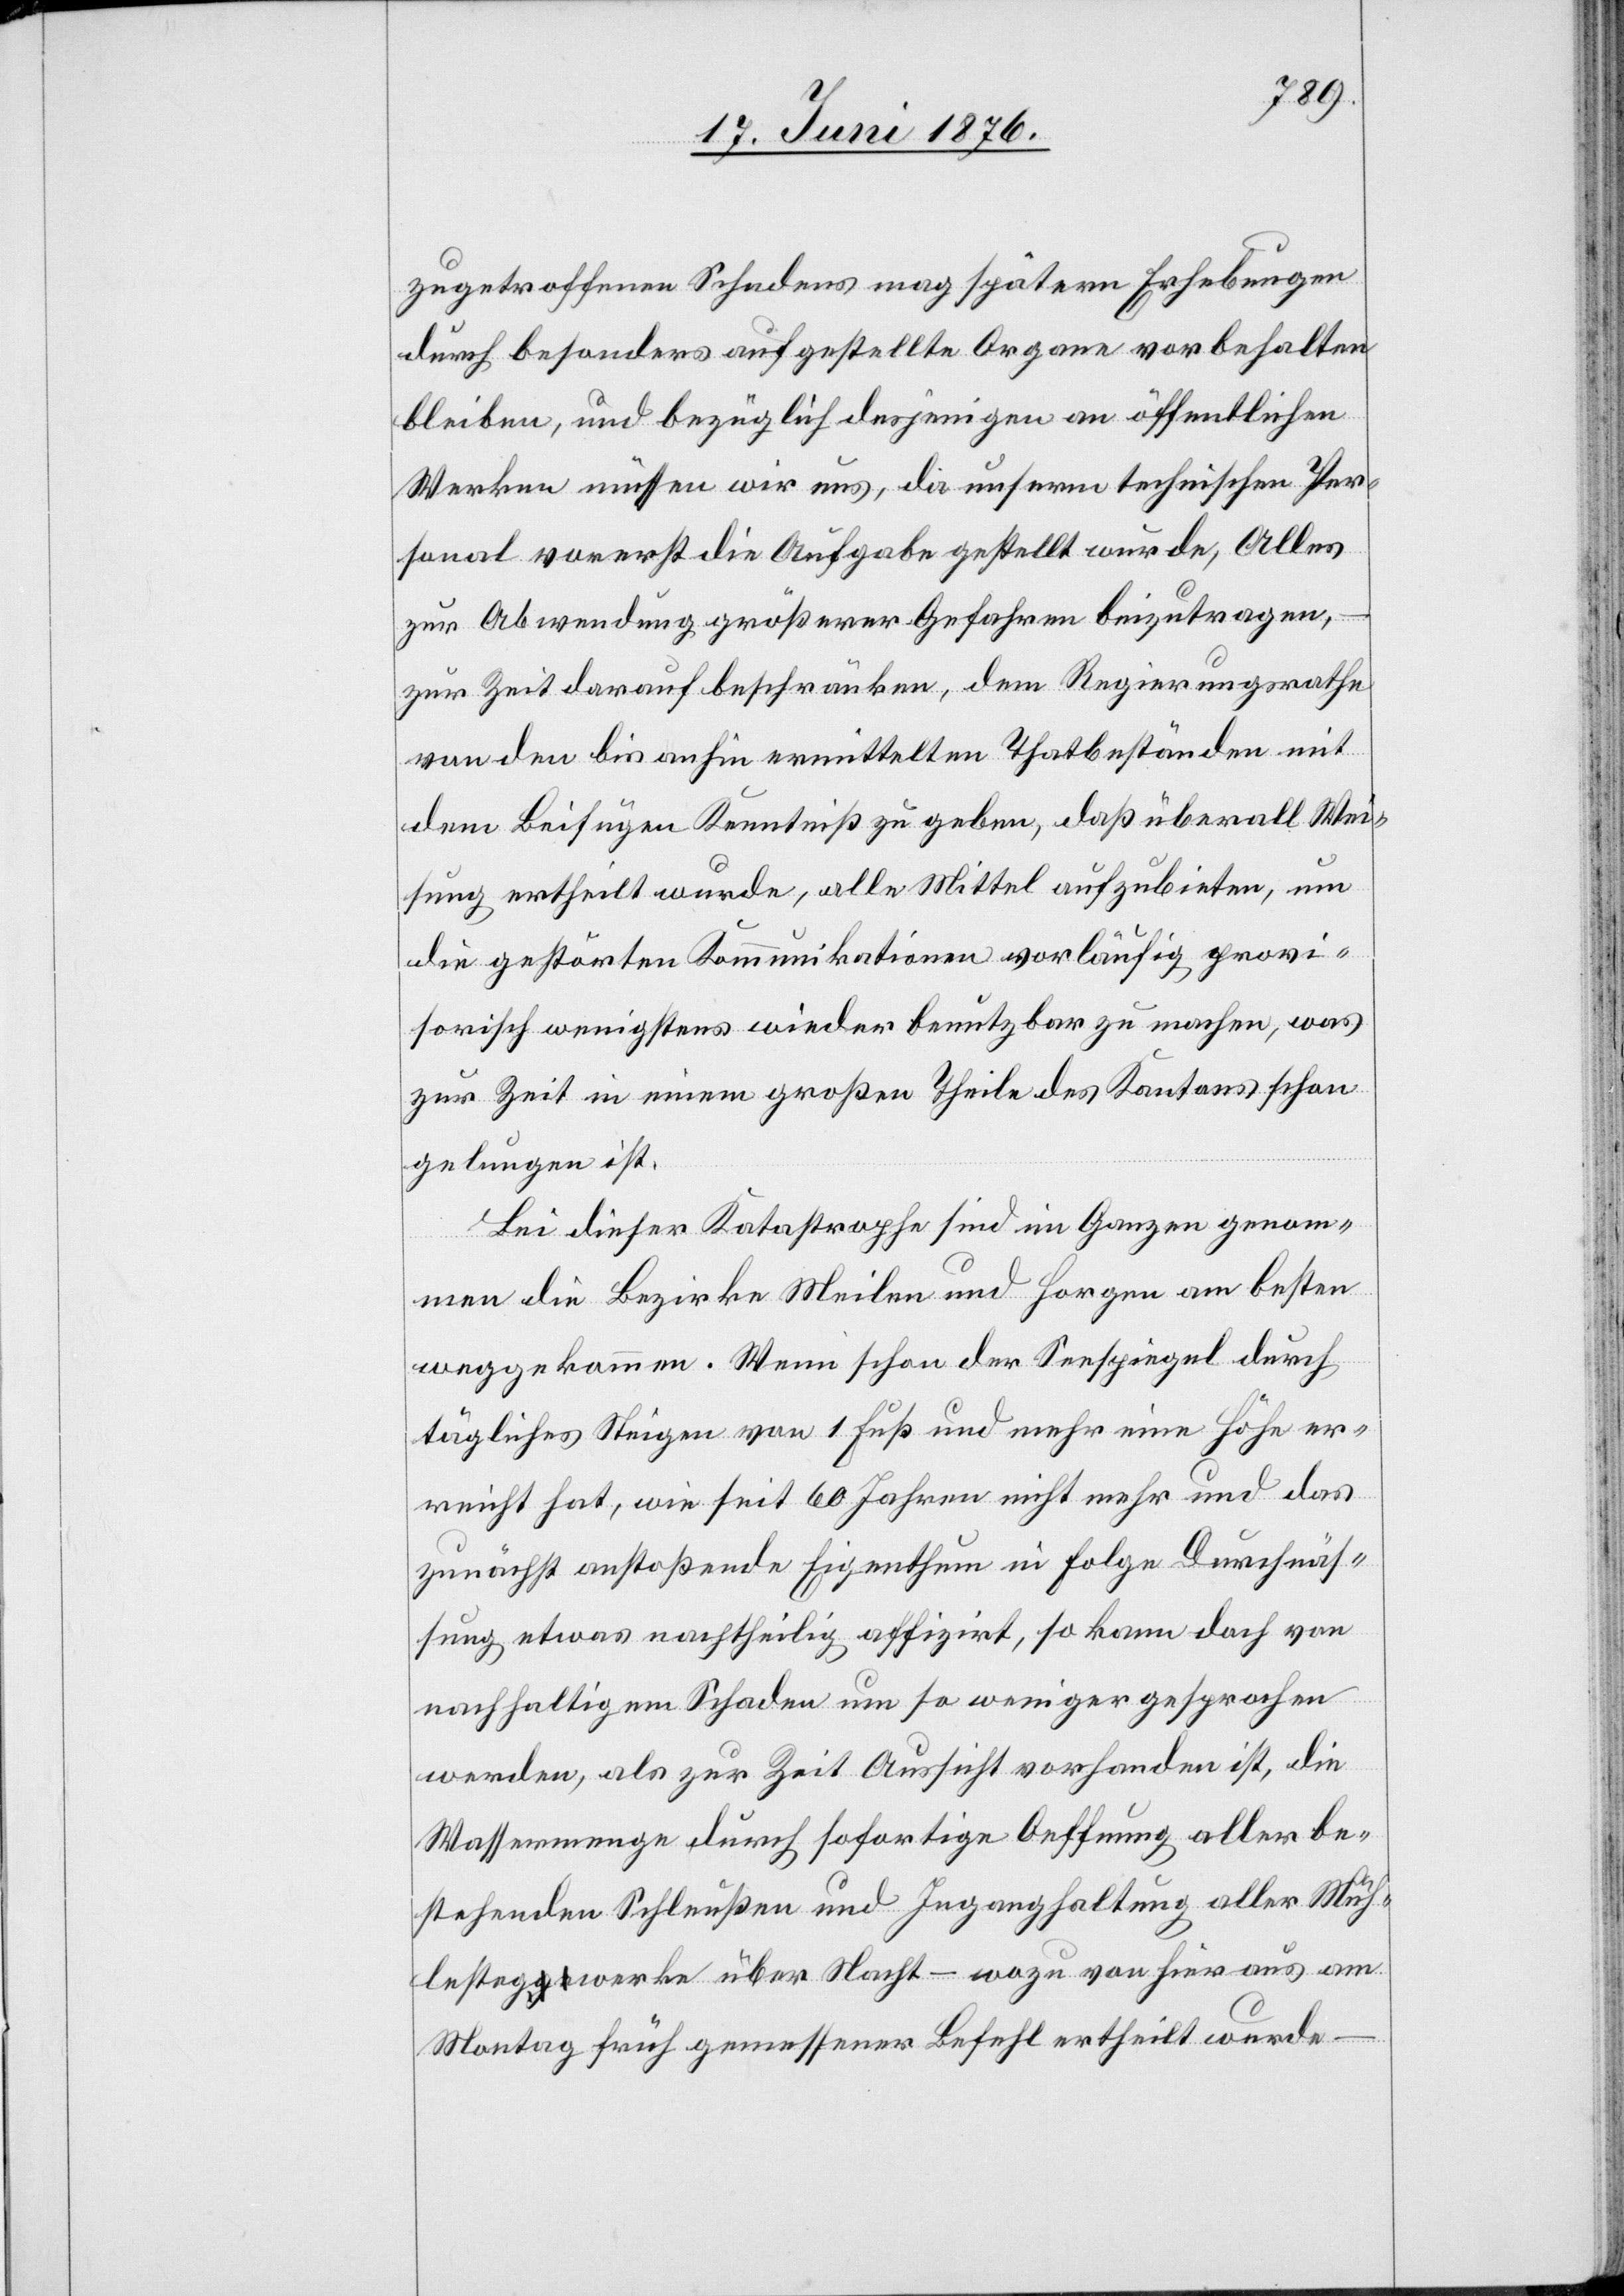
zugetroffenen Schadens mag spätere Erhebungen
durch besonders aufgestellte Organe vorbehalten
bleiben, und bezüglich desjenigen an öffentlichen
Werken müssen wir uns, da unserm technischen Per¬
sonal vorerst die Aufgabe gestellt wurde, Alles
zur Abwendung größerer Gefahren beizutragen,
zur Zeit darauf beschränken, dem Regierungsrathe
von den bis anhin ermittelten Thatbeständen mit
dem Beifügen Kenntniß zu geben, daß überall Wei¬
sung ertheilt wurde, alle Mittel aufzubieten, um
die gestörten Kommunikationen vorläufig provi¬
sorisch wenigstens wieder benutzbar zu machen, was
zur Zeit einem großen Theile des Kantons schon
gelungen ist.
Bei dieser Katastrophe sind im Ganzen genom¬
men die Bezirke Meilen und Horgen am besten
weggekommen. Wenn schon der Seespiegel durch
tägliches Steigen von 1 Fuß und mehr eine Höhe er¬
reicht hat, wie seit 60 Jahren nicht mehr und das
zunächst anstoßende Eigenthum in Folge Durchnäs¬
sung etwas nachtheilig affizirt, so kann doch von
nachhaltigem Schaden um so weniger gesprochen
werden, als zur Zeit Aussicht vorhanden ist, die
Wassermenge durch sofortige Oeffnung aller be¬
stehenden Schleußen und Inganghaltung aller Müh¬
lestegwerke über Nacht – wozu von hier aus am
Montag früh gemessener Befehl ertheilt wurde